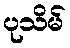
ပုသိမ်